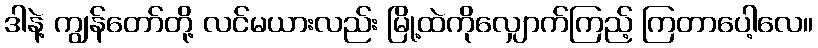
ဒါနဲ့ ကျွန်တော်တို့ လင်မယားလည်း မြို့ထဲကိုလျှောက်ကြည့် ကြတာပေါ့လေ။